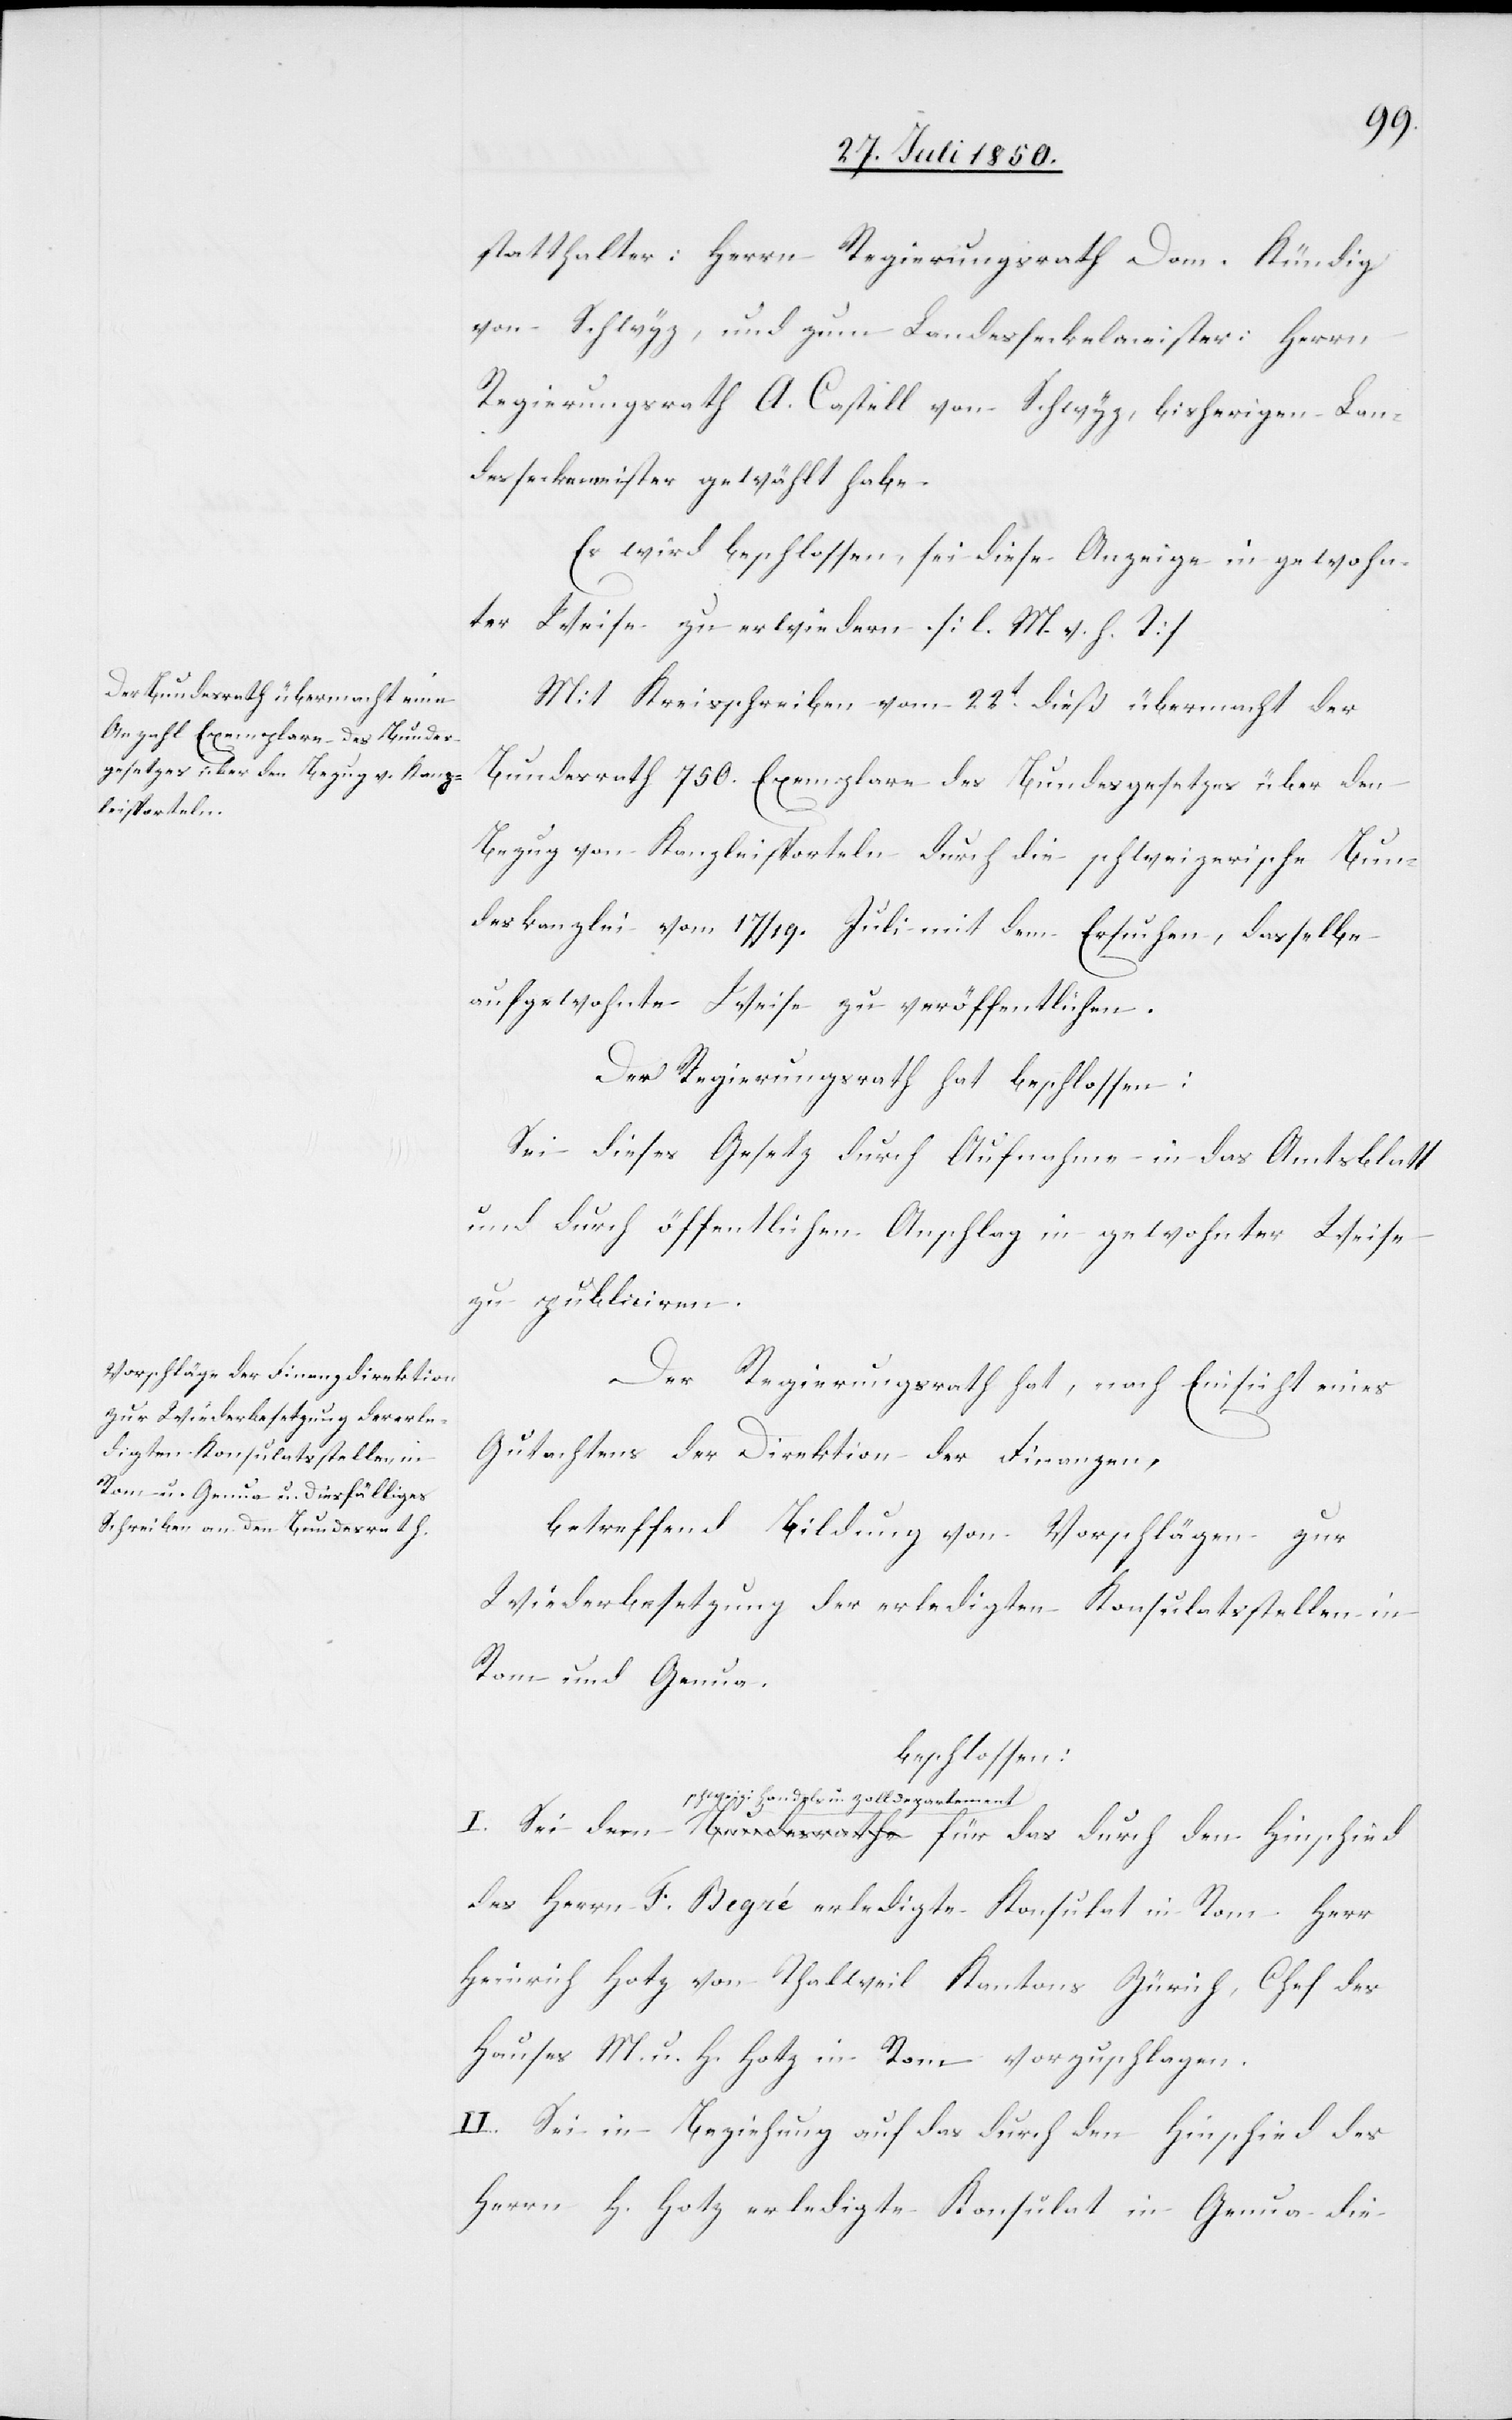
statthalter: Herrn Regierungsrath Dom. Kündig
von Schwyz, und zum Landesseckelmeister: Herrn
Regierungsrath A. Castell von Schwyz, bisherigen Lan¬
dessecke[l]meister gewählt habe.
Es wird beschlossen, sei diese Anzeige in gewohn¬
ter Weise zu erwiedern. [l. M. v. h. T]
Mit Kreisschreiben vom 22t dieß übermacht der
Bundesrath 750. Exemplare des Bundesgesetzes über den
Bezug von Kanzleisporteln durch die schweizerische Bun¬
deskanzlei vom 17/19. Juli mit dem Ersuchen, dasselbe
auf gewohnte Weise zu veröffentlichen.
Der Regierungsrath hat beschlossen:
Sei dieses Gesetz durch Aufnahme in das Amtsblatt
und durch öffentlichen Anschlag in gewohnter Weise
zu publiciren.
Der Regierungsrath hat, nach Einsicht eines
Gutachtens der Direktion der Finanzen,
betreffend Bildung von Vorschlägen zur
Wiederbesetzung der erledigten Konsulatsstellen in
Rom und Genua,
beschlossen:
schweiz. Handels u. Zolldepartement
des Herrn F. Begré erledigte Konsulat in Rom Herr
Heinrich Hotz von Thalweil Kantons Zürich, Chef des
Hauses M. u. H. Hotz in Rom vorzuschlagen.
II. Sei in Beziehung auf das durch den Hinscheid des
Herrn H. Hotz erledigte Konsulat in Genau die